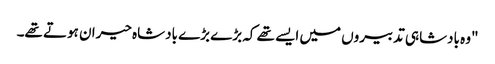
"وہ بادشاہی تدبیروں میں ایسے تھے کہ بڑے بڑے بادشاہ حیران ہوتے تھے۔